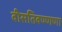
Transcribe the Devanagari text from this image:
वीसतिवण्णणा